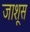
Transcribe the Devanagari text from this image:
जाशूस